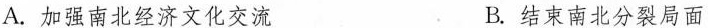
A.加强南北经济文化交流 B.结束南北分裂局面